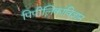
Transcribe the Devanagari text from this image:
पिपीलिकाविज्ञान